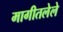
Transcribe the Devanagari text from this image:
मागीतलेले